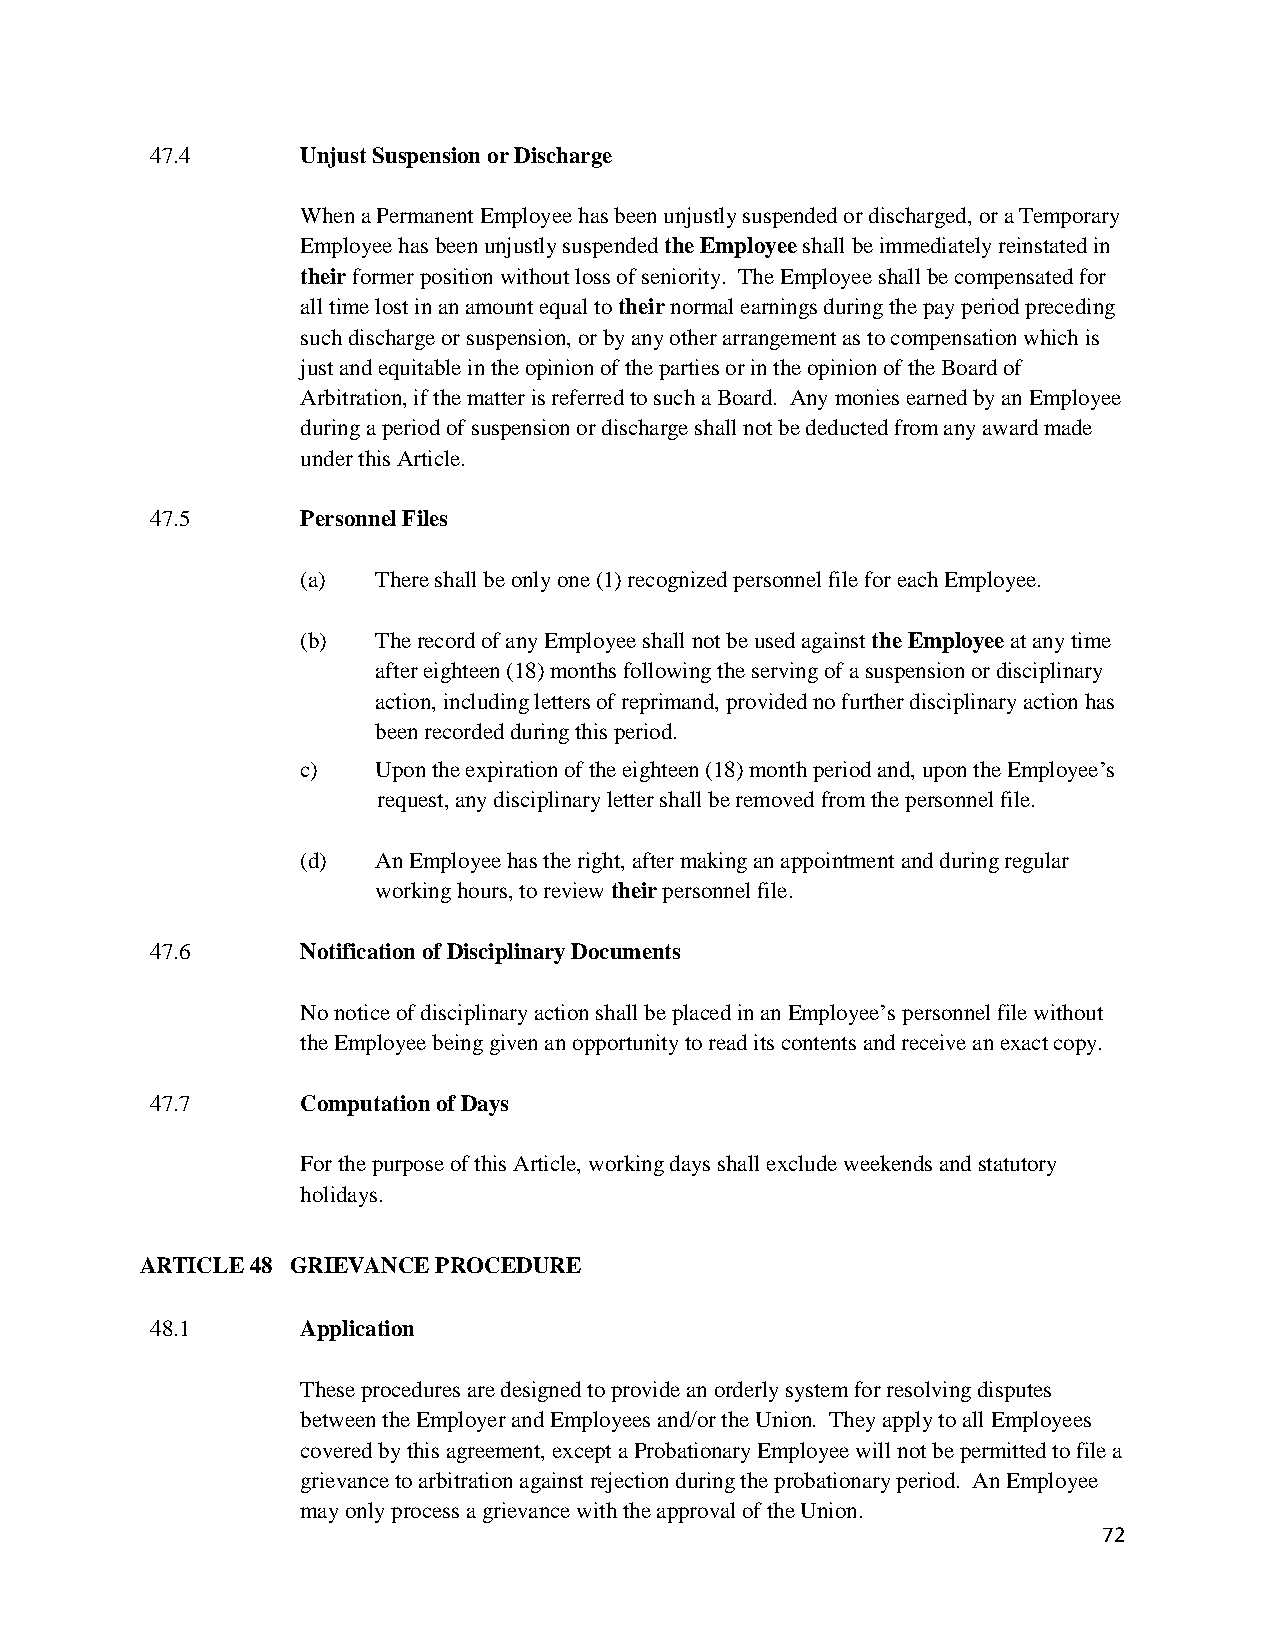
47.4      Unjust Suspension or Discharge
 When a Permanent Employee has been unjustly suspended or discharged, or a Temporary
 Employee has been unjustly suspended the Employee shall be immediately reinstated in
 their former position without loss of seniority. The Employee shall be compensated for
 all time lost in an amount equal to their normal earnings during the pay period preceding
 such discharge or suspension, or by any other arrangement as to compensation which is
 just and equitable in the opinion of the parties or in the opinion of the Board of
 Arbitration, if the matter is referred to such a Board. Any monies earned by an Employee
 during a period of suspension or discharge shall not be deducted from any award made
 under this Article.
 47.5      Personnel Files
 (a)  There shall be only one (1) recognized personnel file for each Employee.
 (b)  The record of any Employee shall not be used against the Employee at any time
 after eighteen (18) months following the serving of a suspension or disciplinary
 action, including letters of reprimand, provided no further disciplinary action has
 been recorded during this period.
 c)   Upon the expiration of the eighteen (18) month period and, upon the Employee’s
 request, any disciplinary letter shall be removed from the personnel file.
 (d)  An Employee has the right, after making an appointment and during regular
 working hours, to review their personnel file.
 47.6      Notification of Disciplinary Documents
 No notice of disciplinary action shall be placed in an Employee’s personnel file without
 the Employee being given an opportunity to read its contents and receive an exact copy.
 47.7      Computation of Days
 For the purpose of this Article, working days shall exclude weekends and statutory
 holidays.
 ARTICLE 48 GRIEVANCE PROCEDURE
 48.1      Application
 These procedures are designed to provide an orderly system for resolving disputes
 between the Employer and Employees and/or the Union. They apply to all Employees
 covered by this agreement, except a Probationary Employee will not be permitted to file a
 grievance to arbitration against rejection during the probationary period. An Employee
 may only process a grievance with the approval of the Union.
 72